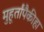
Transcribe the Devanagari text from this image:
मुहूर्तांपैकीहा